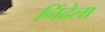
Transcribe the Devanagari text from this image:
निंदेला